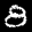
Label: 8